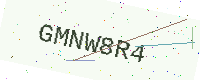
Text: GMNW8R4